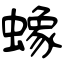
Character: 蟓